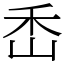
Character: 㟀